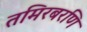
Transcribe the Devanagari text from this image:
तमिरबरणि